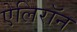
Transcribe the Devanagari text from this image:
ऐलिरॉन